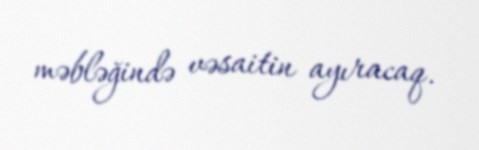
məbləğində vəsaitin ayıracaq.